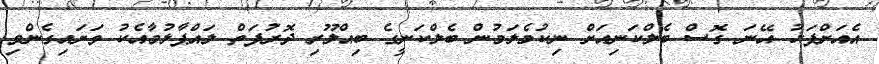
އެއަށްފަހު އޭނަ ގޮސް ބެލްކަނިއަށް ނިކުމެލަމުން ބެލްކަނީގެ ބިއްލޫރި ދޮރުފަތް ލައްޕާލުމާއެކު ވަށައިގެންވި